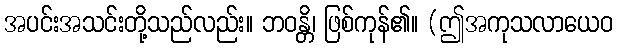
အပင်းအသင်းတို့သည်လည်း။ ဘဝန္တိ၊ ဖြစ်ကုန်၏။ (ဤအကုသလာယေဝ